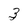
Character: 3